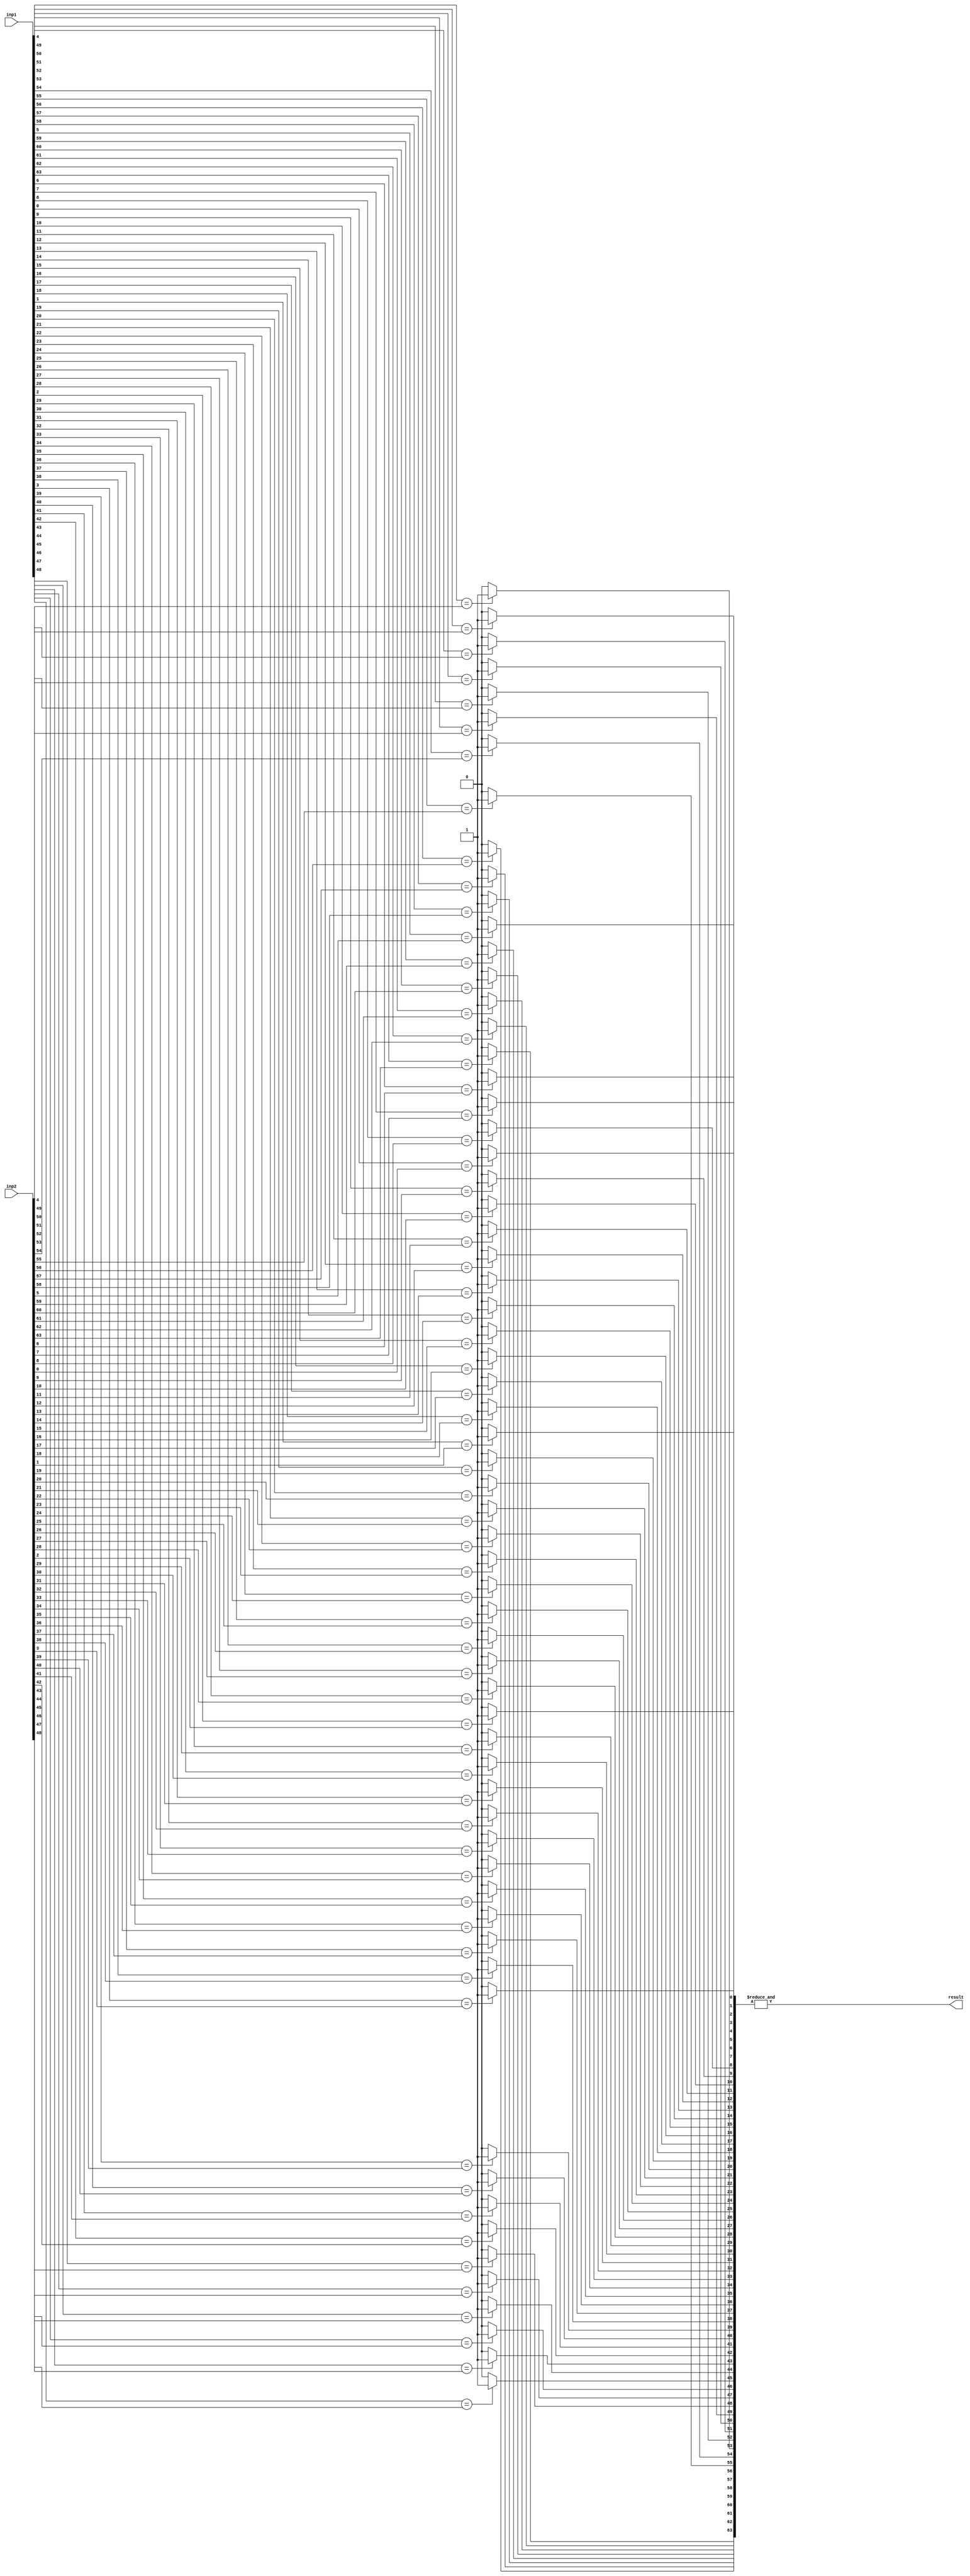
module comparator (
    input [63:0] inp1,
    input [63:0] inp2,
    output result
);

reg [63:0] equal;

// Combinational logic blocks
genvar i;
generate
    for (i = 0; i < 64; i = i + 1) begin
        assign equal[i] = (inp1[i] == inp2[i]) ? 1'b1 : 1'b0; // Compare each bit and generate output
    end
endgenerate

// Logical combination of outputs
assign result = &equal; // AND operation to combine all outputs

endmodule